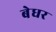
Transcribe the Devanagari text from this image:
बेधर